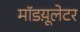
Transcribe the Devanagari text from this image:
मॉडय़ूलेटर